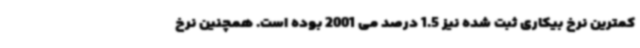
کمترین نرخ بیکاری ثبت شده نیز 1.5 درصد می 2001 بوده است. همچنین نرخ